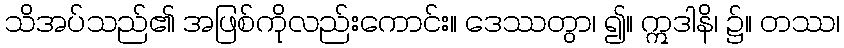
သိအပ်သည်၏ အဖြစ်ကိုလည်းကောင်း။ ဒေဿတွာ၊ ၍။ ဣဒါနိ၊ ၌။ တဿ၊